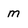
Character: m